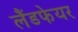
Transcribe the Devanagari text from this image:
लैंडफेयर